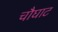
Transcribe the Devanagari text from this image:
चौघाट